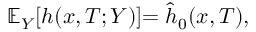
\mathbb { E } _ { Y } [ h ( x , T ; Y ) ] { = \hat { h } _ { 0 } ( x , T ) } ,